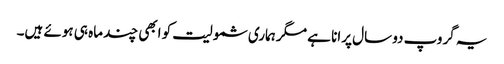
یہ گروپ دو سال پرانا ہے مگر ہماری شمولیت کو ابھی چند ماہ ہی ہوئے ہیں۔